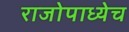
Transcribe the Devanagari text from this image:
राजोपाध्येच